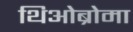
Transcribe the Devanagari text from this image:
थिओब्रोमा